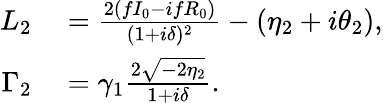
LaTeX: \begin{array}{rl}{L_{2}}&{{}=\frac{2(fI_{0}-ifR_{0})}{(1+i\delta)^{2}}-(\eta_{2}+i\theta_{2}),}\\ {\Gamma_{2}}&{{}=\gamma_{1}\frac{2\sqrt{-2\eta_{2}}}{1+i\delta}.}\end{array}